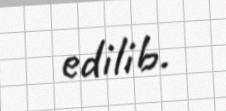
edilib.